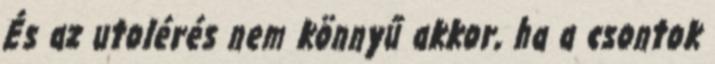
És az utolérés nem könnyű akkor, ha a csontok